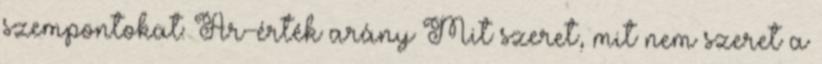
szempontokat: Ár-érték arány Mit szeret, mit nem szeret a